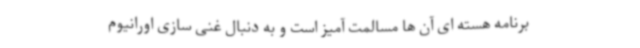
برنامه هسته ای آن ها مسالمت آمیز است و به دنبال غنی سازی اورانیوم